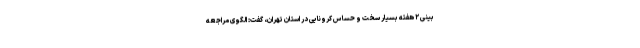
بینی ۲ هفته بسیار سخت و حساس کرونایی در استان تهران، گفت: الگوی مراجعه